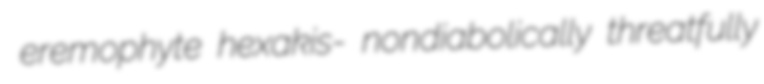
eremophyte hexakis- nondiabolically threatfully